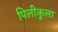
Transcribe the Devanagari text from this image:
पिलीकुला